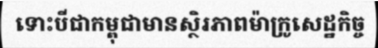
ទោះបីជាកម្ពុជាមានស្ថិរភាពម៉ាក្រូសេដ្ឋកិច្ច